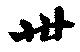
卅